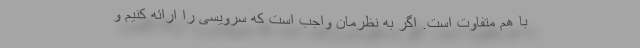
با هم متفاوت است. اگر به نظرمان واجب است که سرویسی را ارائه کنیم و